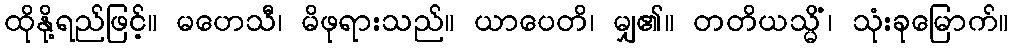
ထိုနို့ရည်ဖြင့်။ မဟေသီ၊ မိဖုရားသည်။ ယာပေတိ၊ မျှ၏။ တတိယသ္မိံ၊ သုံးခုမြောက်။